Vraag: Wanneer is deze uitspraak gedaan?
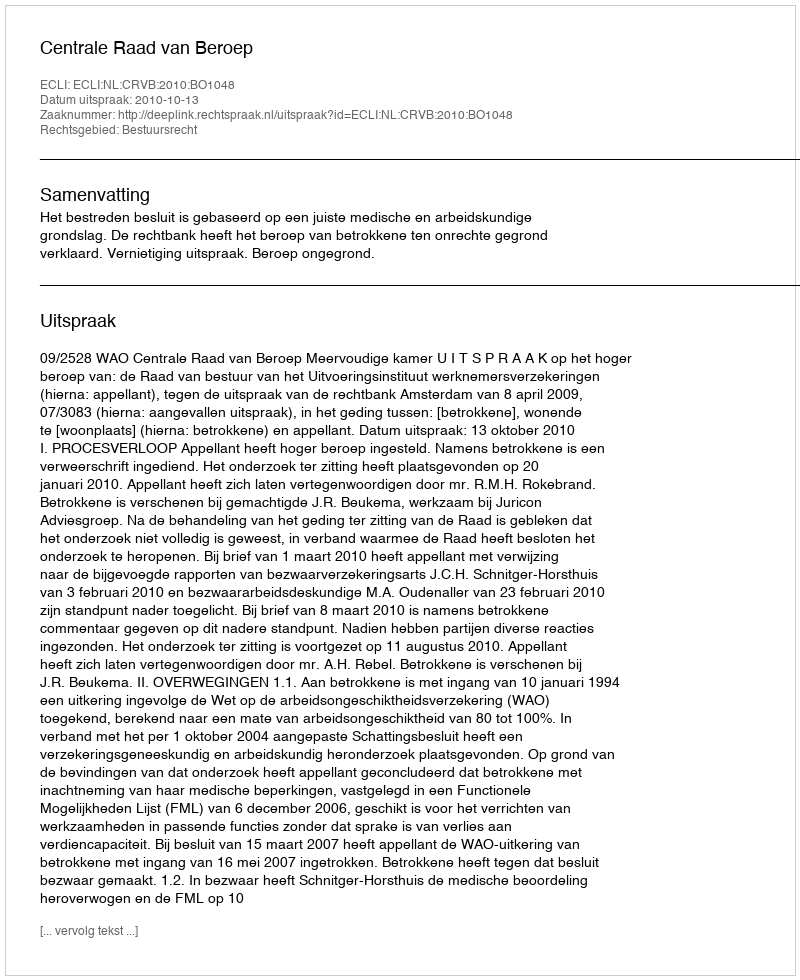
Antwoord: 2010-10-13